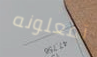
تفعلونه